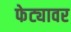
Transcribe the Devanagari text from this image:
फेट्यावर